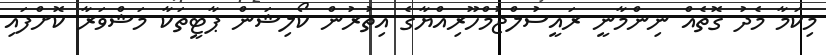
މިކަމާ މެދު ގޮތެއް ނިންމާނީ ރައީސުލްޖުމްހޫރިއްޔާގެ އިތުރުން ކޯލިޝަން ޕާޓީތަކާ މަޝްވަރާ ކޮށްފައި